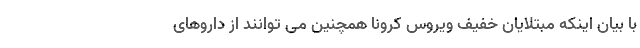
با بیان اینکه مبتلایان خفیف ویروس کرونا همچنین می توانند از داروهای